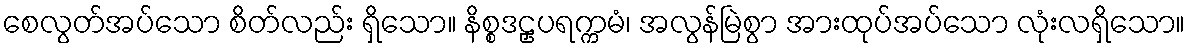
စေလွတ်အပ်သော စိတ်လည်း ရှိသော။ နိစ္စဒဠှပရက္ကမံ၊ အလွန်မြဲစွာ အားထုပ်အပ်သော လုံးလရှိသော။